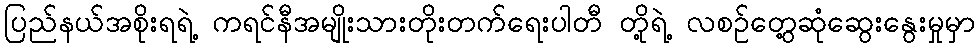
ပြည်နယ်အစိုးရရဲ့ ကရင်နီအမျိုးသားတိုးတက်ရေးပါတီ တို့ရဲ့ လစဉ်တွေ့ဆုံဆွေးနွေးမှုမှာ